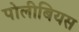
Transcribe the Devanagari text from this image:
पोलीबियस